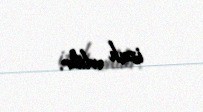
izah edilir.